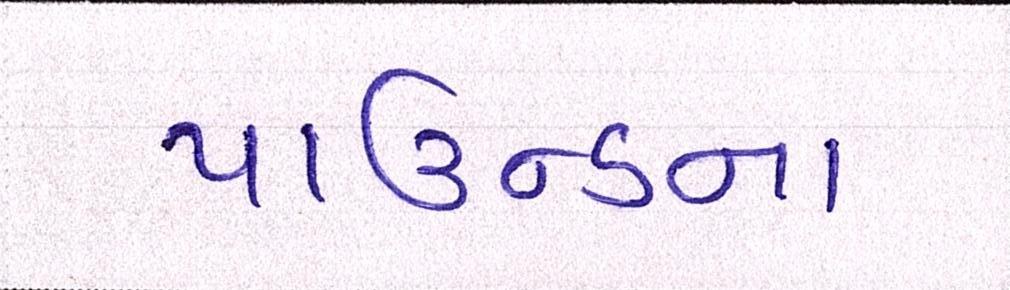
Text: પાઉન્ડના